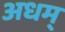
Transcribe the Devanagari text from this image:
अधम्